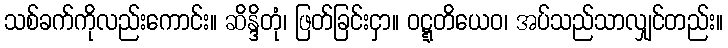
သစ်ခက်ကိုလည်းကောင်း။ ဆိန္ဒိတုံ၊ ဖြတ်ခြင်းငှာ။ ဝဋ္ဋတိယေဝ၊ အပ်သည်သာလျှင်တည်း။